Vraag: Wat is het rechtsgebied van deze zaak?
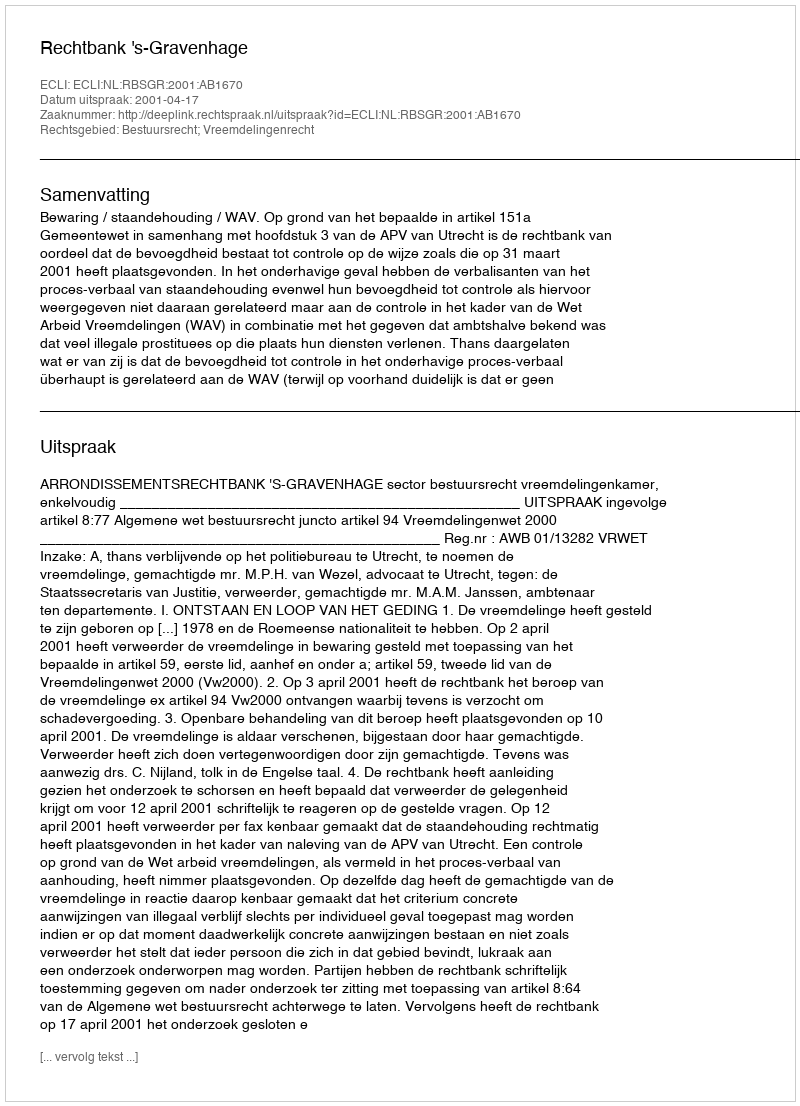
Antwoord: Bestuursrecht; Vreemdelingenrecht